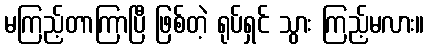
မကြည့်တာကြာပြီ ဖြစ်တဲ့ ရုပ်ရှင် သွား ကြည့်မလား။